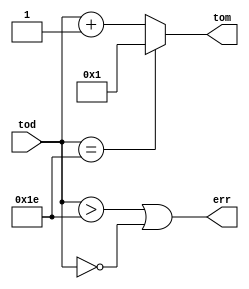
// tod refers to the date which we give to the circuit to generate the next date
//as dates vary from 1 to 31 we require only 5 bits for today date and tomorrow date variable
// in this problem lets consider its only 30 day month
//for the value of today date when it becomes 0 or 31 generate an error signal err

module today_tom (input [4:0] tod, output [4:0] tom, output err);
	
	wire [4:0] sum;
	
	assign sum = tod+1;
	
	assign cntrl_eq30 =(tod==30);
	
	assign tom = (cntrl_eq30)?5'b00001:sum;
	
	assign err =(tod>30 || tod == 0);
	
endmodule

	module tb;
		reg [4:0] today;
		wire [4:0] tomorow;
		wire err;
		integer i;
		
		today_tom dut05_10(today,tomorow, err);
		
		initial begin	
			for (i=0;i<38; i=i+1) begin
				today =i;
				#1;
				$display(" today =%d tomorrow =%d err =%d",today,tomorow,err);
			end
		end
	endmodule